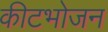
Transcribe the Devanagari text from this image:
कीटभोजन